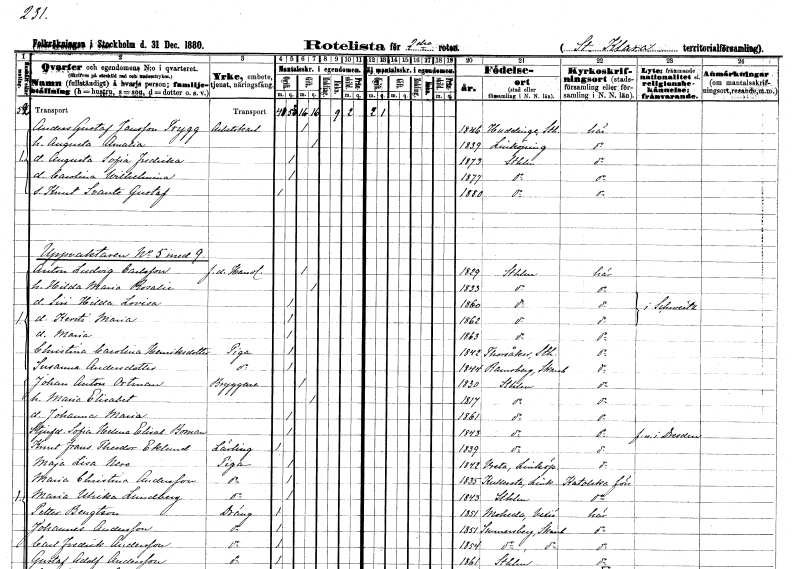
gt_parse: households: individuals: FN: Anders Gustaf
EN: Jansson Trygg
YRKE: Arbetskarl
KON: M
CIV: G
FODAR: 1846
FODFORS: Huddinge Stockholms län
FN: Augusta Amalia
KON: K
CIV: G
FODAR: 1839
FODFORS: Linköping Östergötlands län
FN: Augusta Sofia Fredrika
KON: K
CIV: O
FODAR: 1873
FODFORS: Stockholm
FN: Carolina Wilhelmina
KON: K
CIV: O
FODAR: 1877
FODFORS: Stockholm
FN: Knut Svante Gustaf
KON: M
CIV: O
FODAR: 1880
FODFORS: Stockholm
FN: Anton Ludvig
EN: Carlsson
YRKE: Handlande f.d.
KON: M
CIV: G
FODAR: 1829
FODFORS: Stockholm
FN: Hilda Maria Rosalie
KON: K
CIV: G
FODAR: 1833
FODFORS: Stockholm
FN: Siri Hilda Lovisa
KON: K
CIV: O
FODAR: 1860
FODFORS: Stockholm
FN: Kersti Maria
KON: K
CIV: O
FODAR: 1862
FODFORS: Stockholm
FN: Maria
KON: K
CIV: O
FODAR: 1863
FODFORS: Stockholm
FN: Christina Carolina
EN: Henriksdotter
YRKE: Piga
KON: K
CIV: O
FODAR: 1842
FODFORS: Torsåker Södermanlands län
FN: Susanna
EN: Andersdotter
YRKE: Piga
KON: K
CIV: O
FODAR: 1844
FODFORS: Ramsberg Örebro län